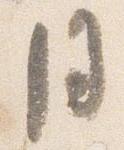
月